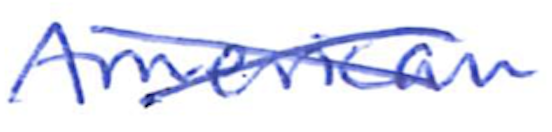
Text: American
Cross-out: cross
Writing tool: ballpoint